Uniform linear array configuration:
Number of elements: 8
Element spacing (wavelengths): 0.75
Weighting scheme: binomial
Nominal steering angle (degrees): -30
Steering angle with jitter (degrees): -31.884
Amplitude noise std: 0.05
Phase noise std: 0.05

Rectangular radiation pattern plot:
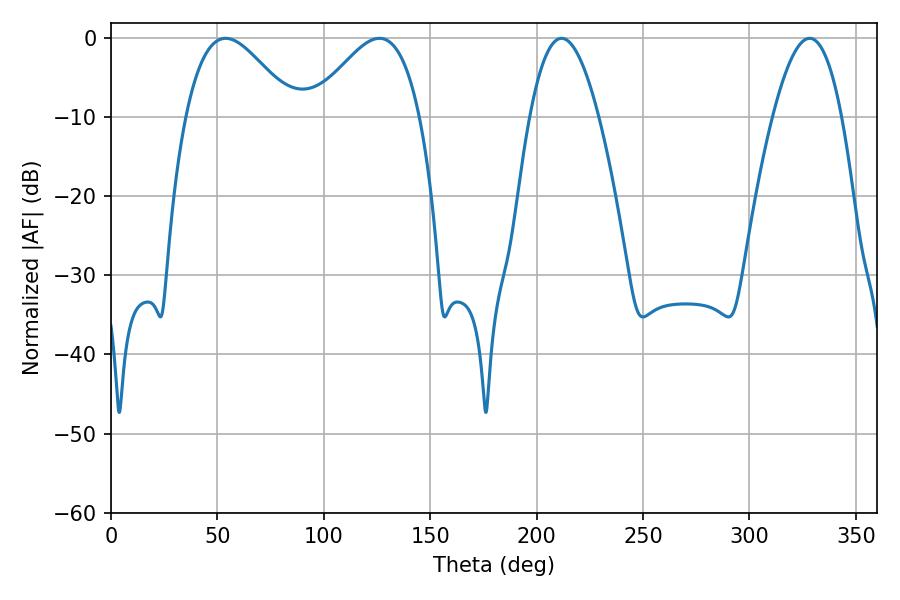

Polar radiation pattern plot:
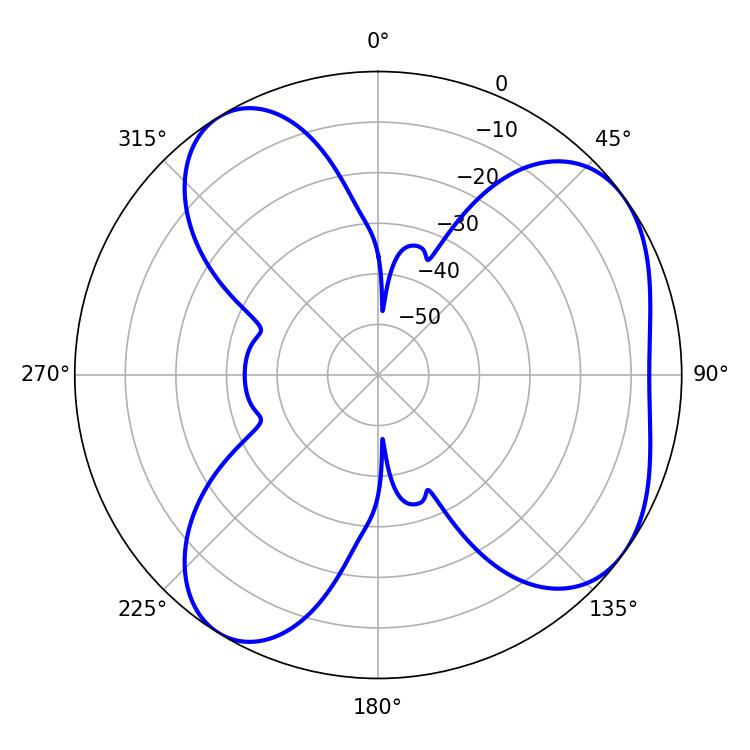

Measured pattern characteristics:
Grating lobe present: TRUE
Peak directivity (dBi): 5.701
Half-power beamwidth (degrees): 27.36
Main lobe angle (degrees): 53.82